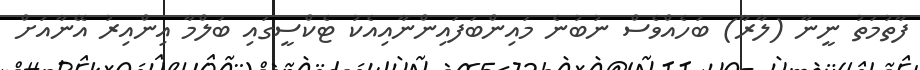
ފާތުމަތު ނީނާ (ލާރާ) ބަހެއްވެސް ނުބުނެ މައިންބަފައިންނާއިއެކު ޓެކްސީގައި ބަލްމާ އިންއިރު އޭނާއަށް